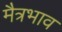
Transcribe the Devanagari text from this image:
मैत्रभाव